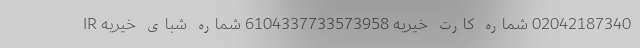
02042187340 شماره کارت خیریه 6104337733573958 شماره شبای خیریه IR